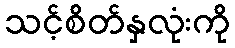
သင့်စိတ်နှလုံးကို